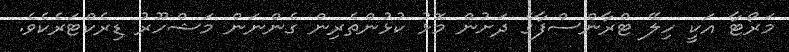
މަރޯޓާ އަކީ ހިލޭ ޓްރާންސްފާގެ ދަށުން މޮޅު ކުޅުންތެރިން ގެންނަން މަޝްހޫރު ޑިރެކްޓަރެކެވެ.